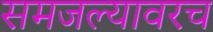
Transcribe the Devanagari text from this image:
समजल्यावरच